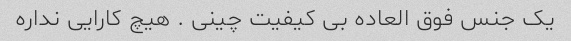
یک جنس فوق العاده بی کیفیت چینی . هیچ کارایی نداره